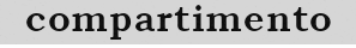
compartimento